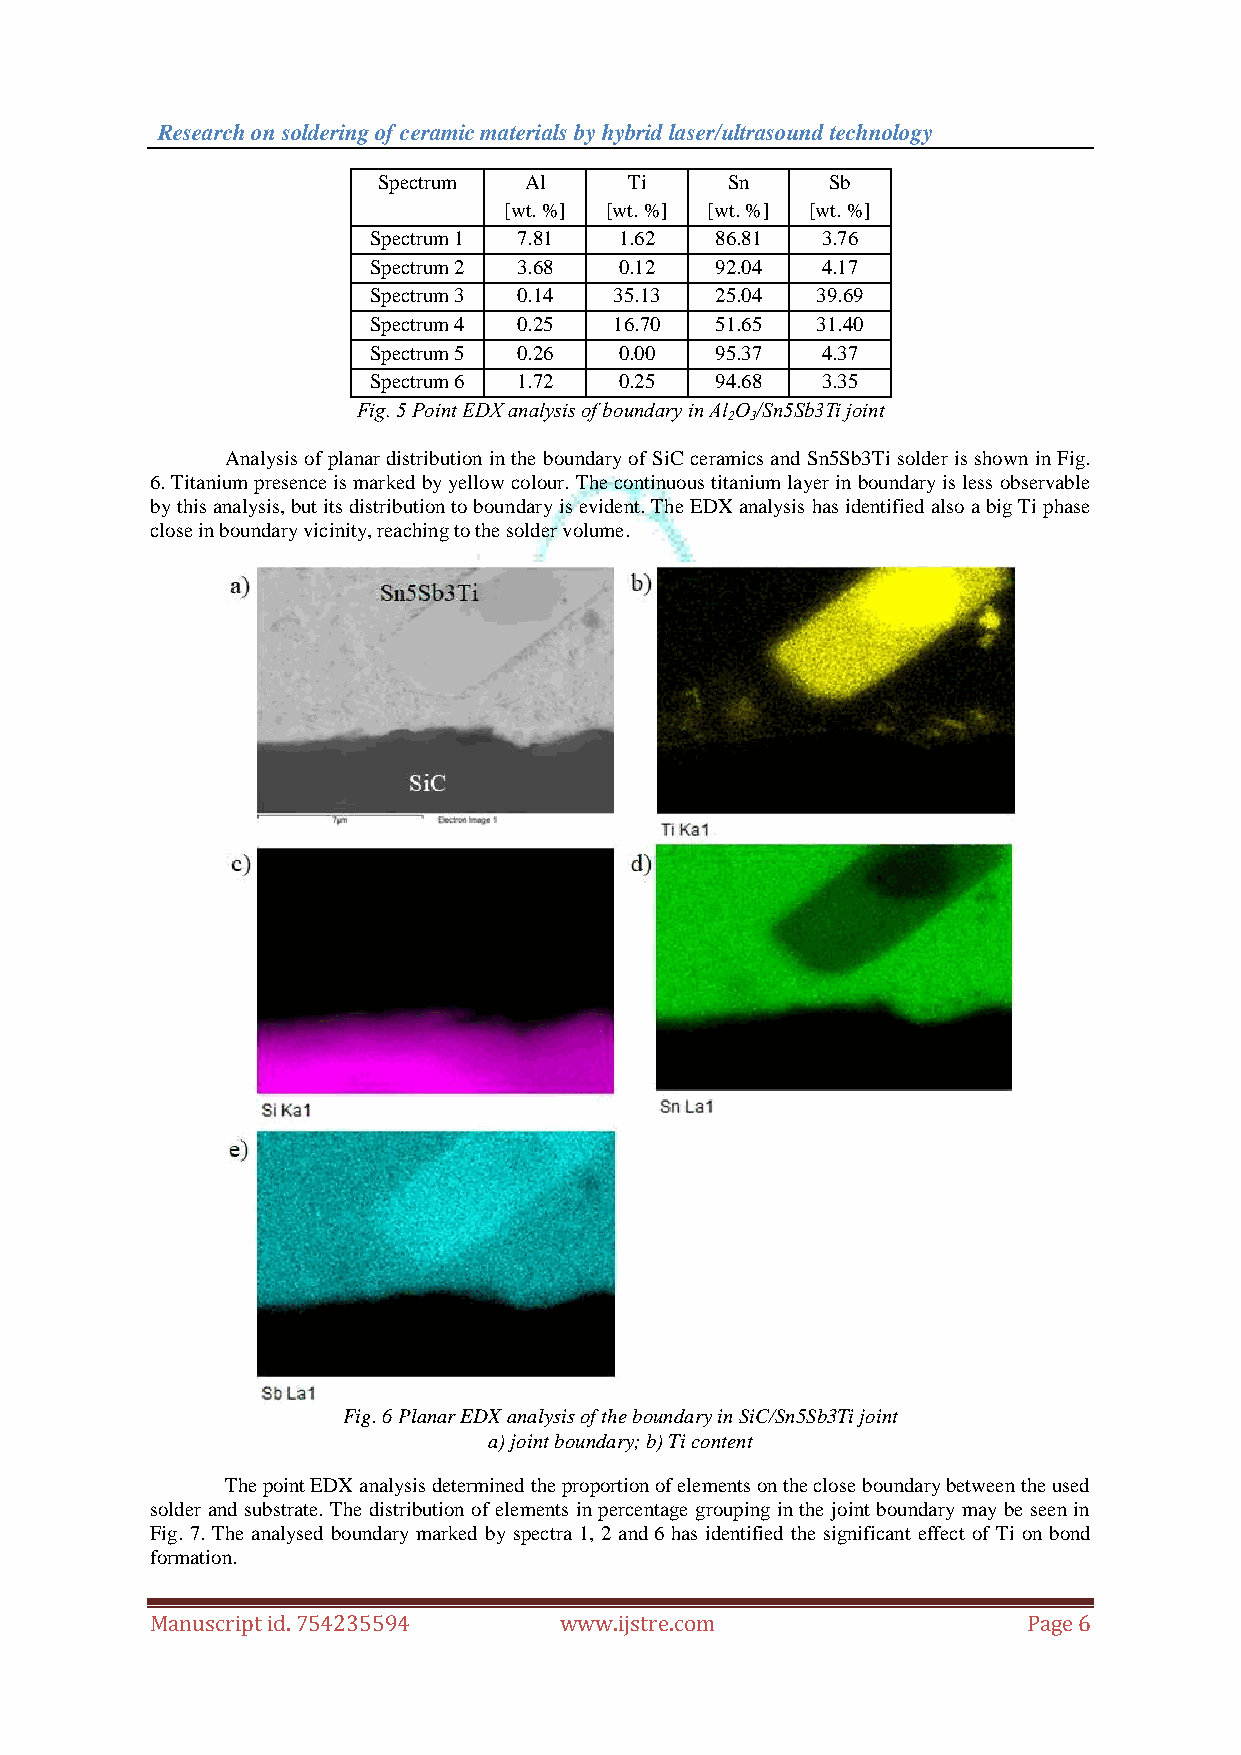
Research on soldering of ceramic materials by hybrid laser/ultrasound technology
 Spectrum  Al     Ti    Sn     Sb
 [wt. %] [wt. %] [wt. %] [wt. %]
 Spectrum 1 7.81  1.62  86.81  3.76
 Spectrum 2 3.68  0.12  92.04  4.17
 Spectrum 3 0.14  35.13 25.04  39.69
 Spectrum 4 0.25  16.70 51.65  31.40
 Spectrum 5 0.26  0.00  95.37  4.37
 Spectrum 6 1.72  0.25  94.68  3.35
 Fig. 5 Point EDX analysis of boundary in Al O /Sn5Sb3Ti joint
 2 3
 Analysis of planar distribution in the boundary of SiC ceramics and Sn5Sb3Ti solder is shown in Fig.
 6. Titanium presence is marked by yellow colour. The continuous titanium layer in boundary is less observable
 by this analysis, but its distribution to boundary is evident. The EDX analysis has identified also a big Ti phase
 close in boundary vicinity, reaching to the solder volume.
 Fig. 6 Planar EDX analysis of the boundary in SiC/Sn5Sb3Ti joint
 a) joint boundary; b) Ti content
 The point EDX analysis determined the proportion of elements on the close boundary between the used
 solder and substrate. The distribution of elements in percentage grouping in the joint boundary may be seen in
 Fig. 7. The analysed boundary marked by spectra 1, 2 and 6 has identified the significant effect of Ti on bond
 formation.
 Manuscript id. 754235594   www.ijstre.com                 Page 6